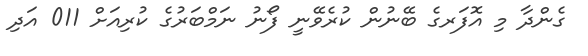
ގެންދާ މި އޮފަރގެ ބޭނުން ކުރެވޭނީ ފޯނު ނަމްބަރުގެ ކުރިއަށް 011 އަދި